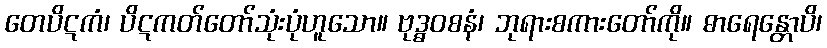
တေပိဋကံ၊ ပိဋကတ်တော်သုံးပုံဟူသော။ ဗုဒ္ဓဝစနံ၊ ဘုရားစကားတော်ကို။ ဓာရေန္တောပိ၊